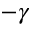
- \gamma